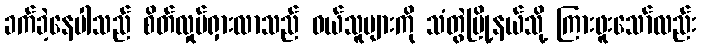
ခက်ခဲ့နေပါသည် စိတ်လှုပ်ရှားလာသည် ဝယ်သူများကို သံတွဲမြို့နယ်သို့ ကြားဖူးသော်လည်း